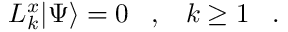
L _ { k } ^ { x } | \Psi \rangle = 0 \; \; \; , \; \; \; k \geq 1 \; \; \; .